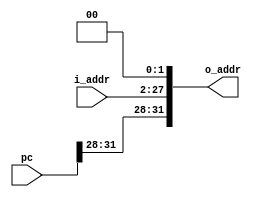
`timescale 1ns / 1ps

module PCJump(pc, i_addr, o_addr);
    input [31:0] pc;
    input [25:0] i_addr;
    output reg[31:0] o_addr;
    reg [27:0] mid; 

    always @(i_addr) begin
        mid = i_addr << 2;
        o_addr <= {pc[31:28], mid[27:0]};
    end
endmodule